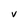
Character: V